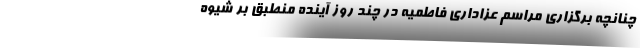
چنانچه برگزاری مراسم عزاداری فاطمیّه در چند روز آینده منطبق بر شیوه